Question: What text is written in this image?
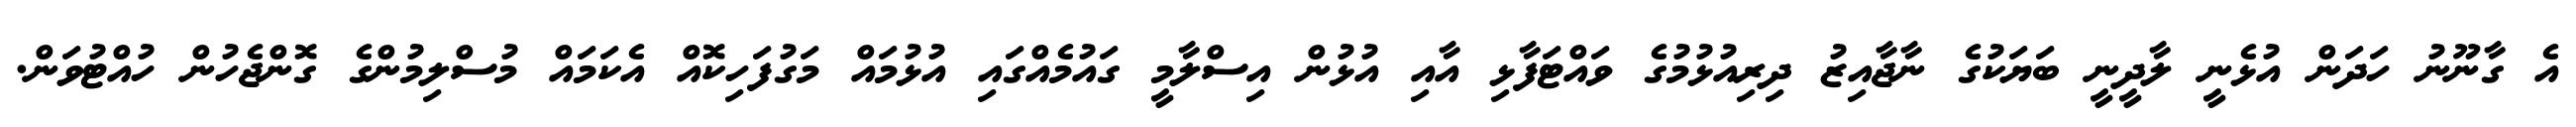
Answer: އެ ގާނޫނު ހަދަން އުޅެނީ ލާދީނީ ބަޔަކުގެ ނާޖާއިޒު ދިރިއުޅުމުގެ ވައްޓަފާޅި އާއި އުޅުން އިސްލާމީ ގައުމެއްގައި އުޅުމައް މަގުފަހިކޮއް އެކަމައް މުސްލިމުންގެ ގޮންޖެހުން ހުއްޓުވަން.